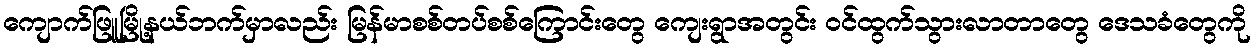
ကျောက်ဖြူမြို့နယ်ဘက်မှာလည်း မြန်မာစစ်တပ်စစ်ကြောင်းတွေ ကျေးရွာအတွင်း ဝင်ထွက်သွားလာတာတွေ ဒေသခံတွေကို